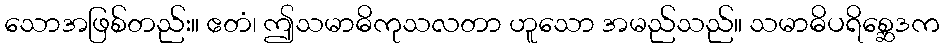
သောအဖြစ်တည်း။ ဧတံ၊ ဤသမာဓိကုသလတာ ဟူသော အမည်သည်။ သမာဓိပရိစ္ဆေဒက